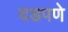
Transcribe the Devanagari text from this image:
दडपणे